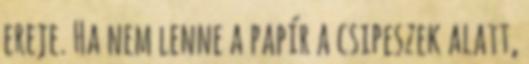
ereje. Ha nem lenne a papír a csipeszek alatt,